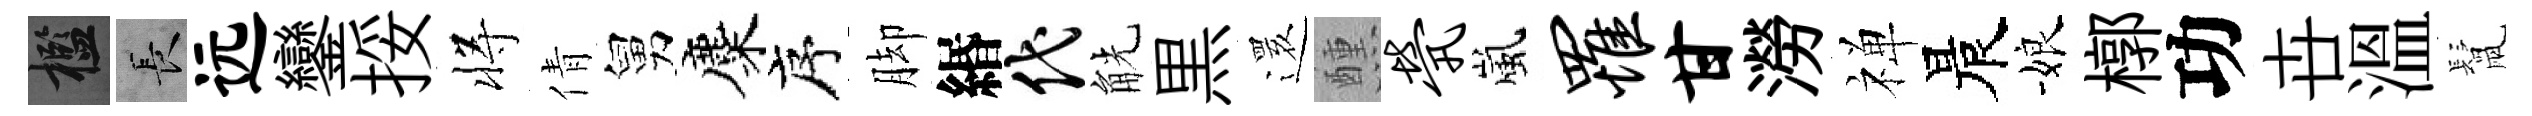
檻长远鑾挼将倩舅麋序脚緡代觥黒𮟃醺茕嵐罹甘澇禅晨娘槨功卋溫鬛